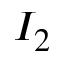
I _ { 2 }